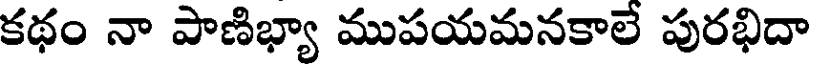
కథం నా పాణిభ్యా ముపయమనకాలే పురభిదా